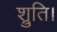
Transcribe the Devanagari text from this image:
श्रुति।